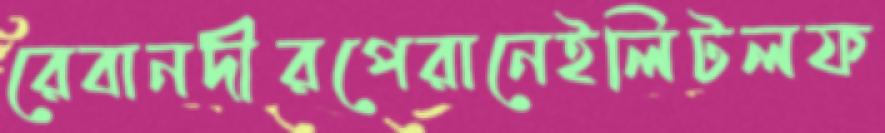
রেবানদীরপেরানেইলিটলফ